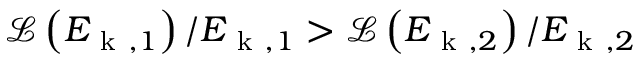
\mathcal { L } \left( E _ { \mathrm { ~ k ~ } , 1 } \right) / E _ { \mathrm { ~ k ~ } , 1 } > \mathcal { L } \left( E _ { \mathrm { ~ k ~ } , 2 } \right) / E _ { \mathrm { ~ k ~ } , 2 }